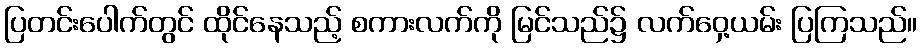
ပြတင်းပေါက်တွင် ထိုင်နေသည့် စကားလက်ကို မြင်သည်၌ လက်ဝှေ့ယမ်း ပြကြသည်။